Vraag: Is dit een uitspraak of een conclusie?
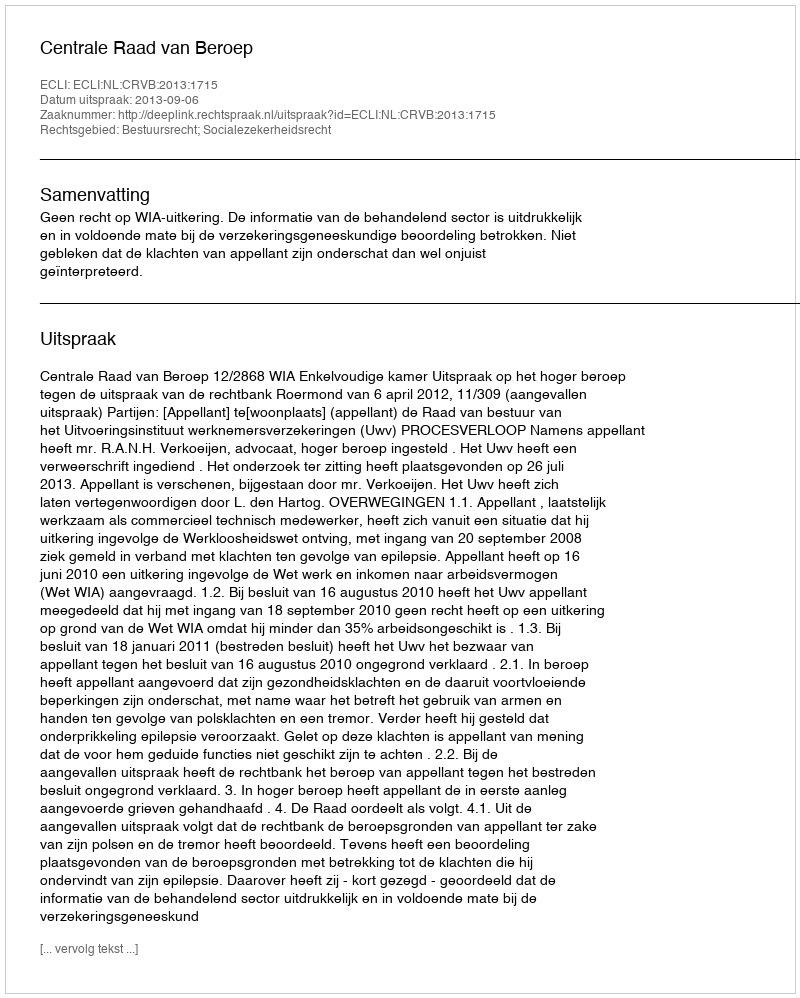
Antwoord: Uitspraak